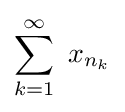
\sum _{k=1}^{\infty }~x_{n_{k}}